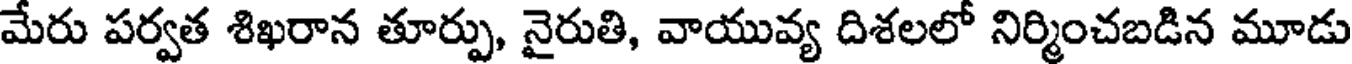
మేరు పర్వత శిఖరాన తూర్పు, నైరుతి, వాయువ్య దిశలలో నిర్మించబడిన మూడు